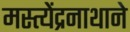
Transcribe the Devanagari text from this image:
मस्त्येंद्रनाथाने